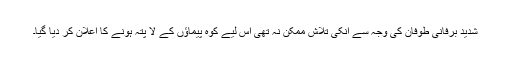
شدید برفانی طوفان کی وجہ سے انکی تلاش ممکن نہ تھی اس لیے کوہ پیماؤں کے لا پتہ ہونے کا اعلان کر دیا گیا۔